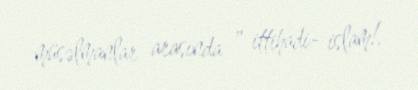
müsəlmanlar arasında " ittihadi- islam!.